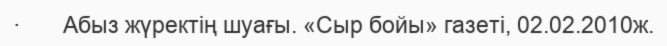
·       Абыз жүректің шуағы. «Сыр бойы» газеті, 02.02.2010ж.